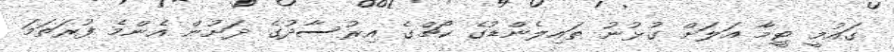
ގައުމީ ޓީމާ އަލަށް ގުޅުނު ތައިލެންޑުގެ ކޯޗްގެ އިރުސާދުގެ ދަށުން އެންމެ ފުރަތަމަ